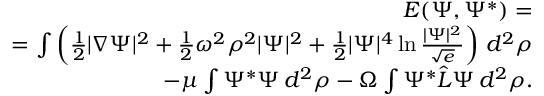
\begin{array} { r } { { \cal E } ( \Psi , \Psi ^ { * } ) = } \\ { = \int \left( \frac { 1 } { 2 } | \nabla \Psi | ^ { 2 } + \frac 1 2 \omega ^ { 2 } \rho ^ { 2 } | \Psi | ^ { 2 } + \frac 1 2 | \Psi | ^ { 4 } \ln \frac { | \Psi | ^ { 2 } } { \sqrt { e } } \right) \, d ^ { 2 } \rho } \\ { - \mu \int \Psi ^ { * } \Psi \, d ^ { 2 } \rho - \Omega \int \Psi ^ { * } { \hat { L } } \Psi \, d ^ { 2 } \rho . } \end{array}